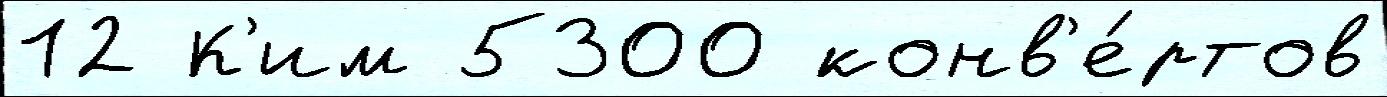
12 К'им 5300 конв'е́ртов